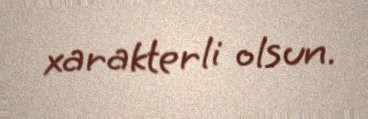
xarakterli olsun.